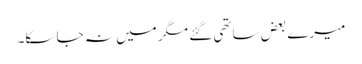
میرے بعض ساتھی گئے مگر میں نہ جا سکا۔